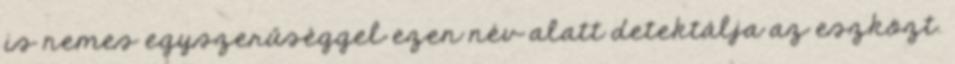
is nemes egyszerűséggel ezen név alatt detektálja az eszközt.